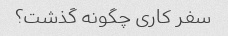
سفر کاری چگونه گذشت؟